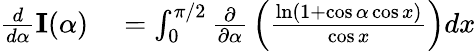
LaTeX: \begin{array}{rl}{{\frac{d}{d\alpha}}{\textbf{I}}(\alpha)}&{{}=\int_{0}^{\pi/2}{\frac{\partial}{\partial\alpha}}\left({\frac{\ln(1+\cos\alpha\cos x)}{\cos x}}\right)dx}\end{array}